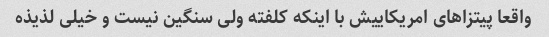
واقعا پیتزاهای امریکاییش با اینکه کلفته ولی سنگین نیست و خیلی لذیذه